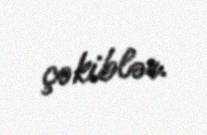
çəkiblər.